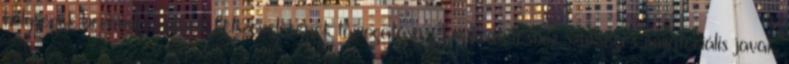
helységek berendezésének, felszerelésének támogatása. A működtetéshez szükséges inmateriális javak,